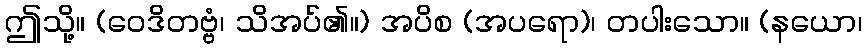
ဤသို့။ (ဝေဒိတဗ္ဗံ၊ သိအပ်၏။) အပိစ (အပရော)၊ တပါးသော။ (နယော၊